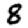
Digit: 8